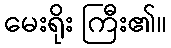
မေးရိုး ကြီး၏။